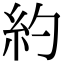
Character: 約